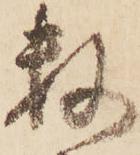
数